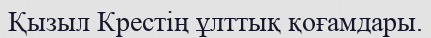
Қызыл Крестің ұлттық қоғамдары.